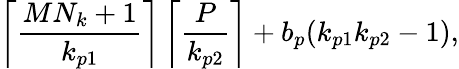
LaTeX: \left\lceil\frac{MN_{k}+1}{k_{p1}}\right\rceil\left\lceil\frac{P}{k_{p2}}\right\rceil+b_{p}(k_{p1}k_{p2}-1),